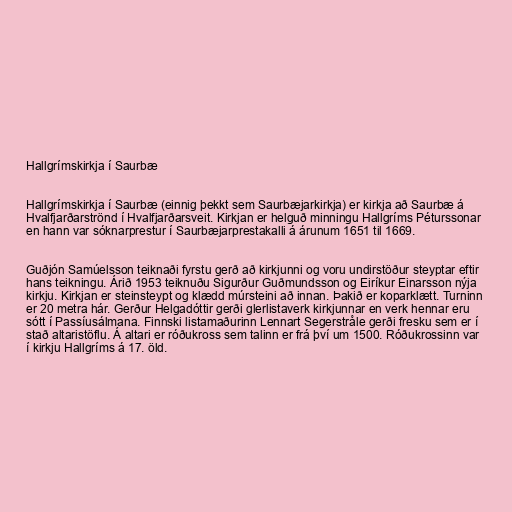
Hallgrímskirkja í Saurbæ

Hallgrímskirkja í Saurbæ (einnig þekkt sem Saurbæjarkirkja) er kirkja að Saurbæ á
Hvalfjarðarströnd í Hvalfjarðarsveit. Kirkjan er helguð minningu Hallgríms Péturssonar
en hann var sóknarprestur í Saurbæjarprestakalli á árunum 1651 til 1669.

Guðjón Samúelsson teiknaði fyrstu gerð að kirkjunni og voru undirstöður steyptar eftir
hans teikningu. Árið 1953 teiknuðu Sigurður Guðmundsson og Eiríkur Einarsson nýja
kirkju. Kirkjan er steinsteypt og klædd múrsteini að innan. Þakið er koparklætt. Turninn
er 20 metra hár. Gerður Helgadóttir gerði glerlistaverk kirkjunnar en verk hennar eru
sótt í Passíusálmana. Finnski listamaðurinn Lennart Segerstråle gerði fresku sem er í
stað altaristöflu. Á altari er róðukross sem talinn er frá því um 1500. Róðukrossinn var
í kirkju Hallgríms á 17. öld.